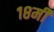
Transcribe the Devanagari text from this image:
१८मी